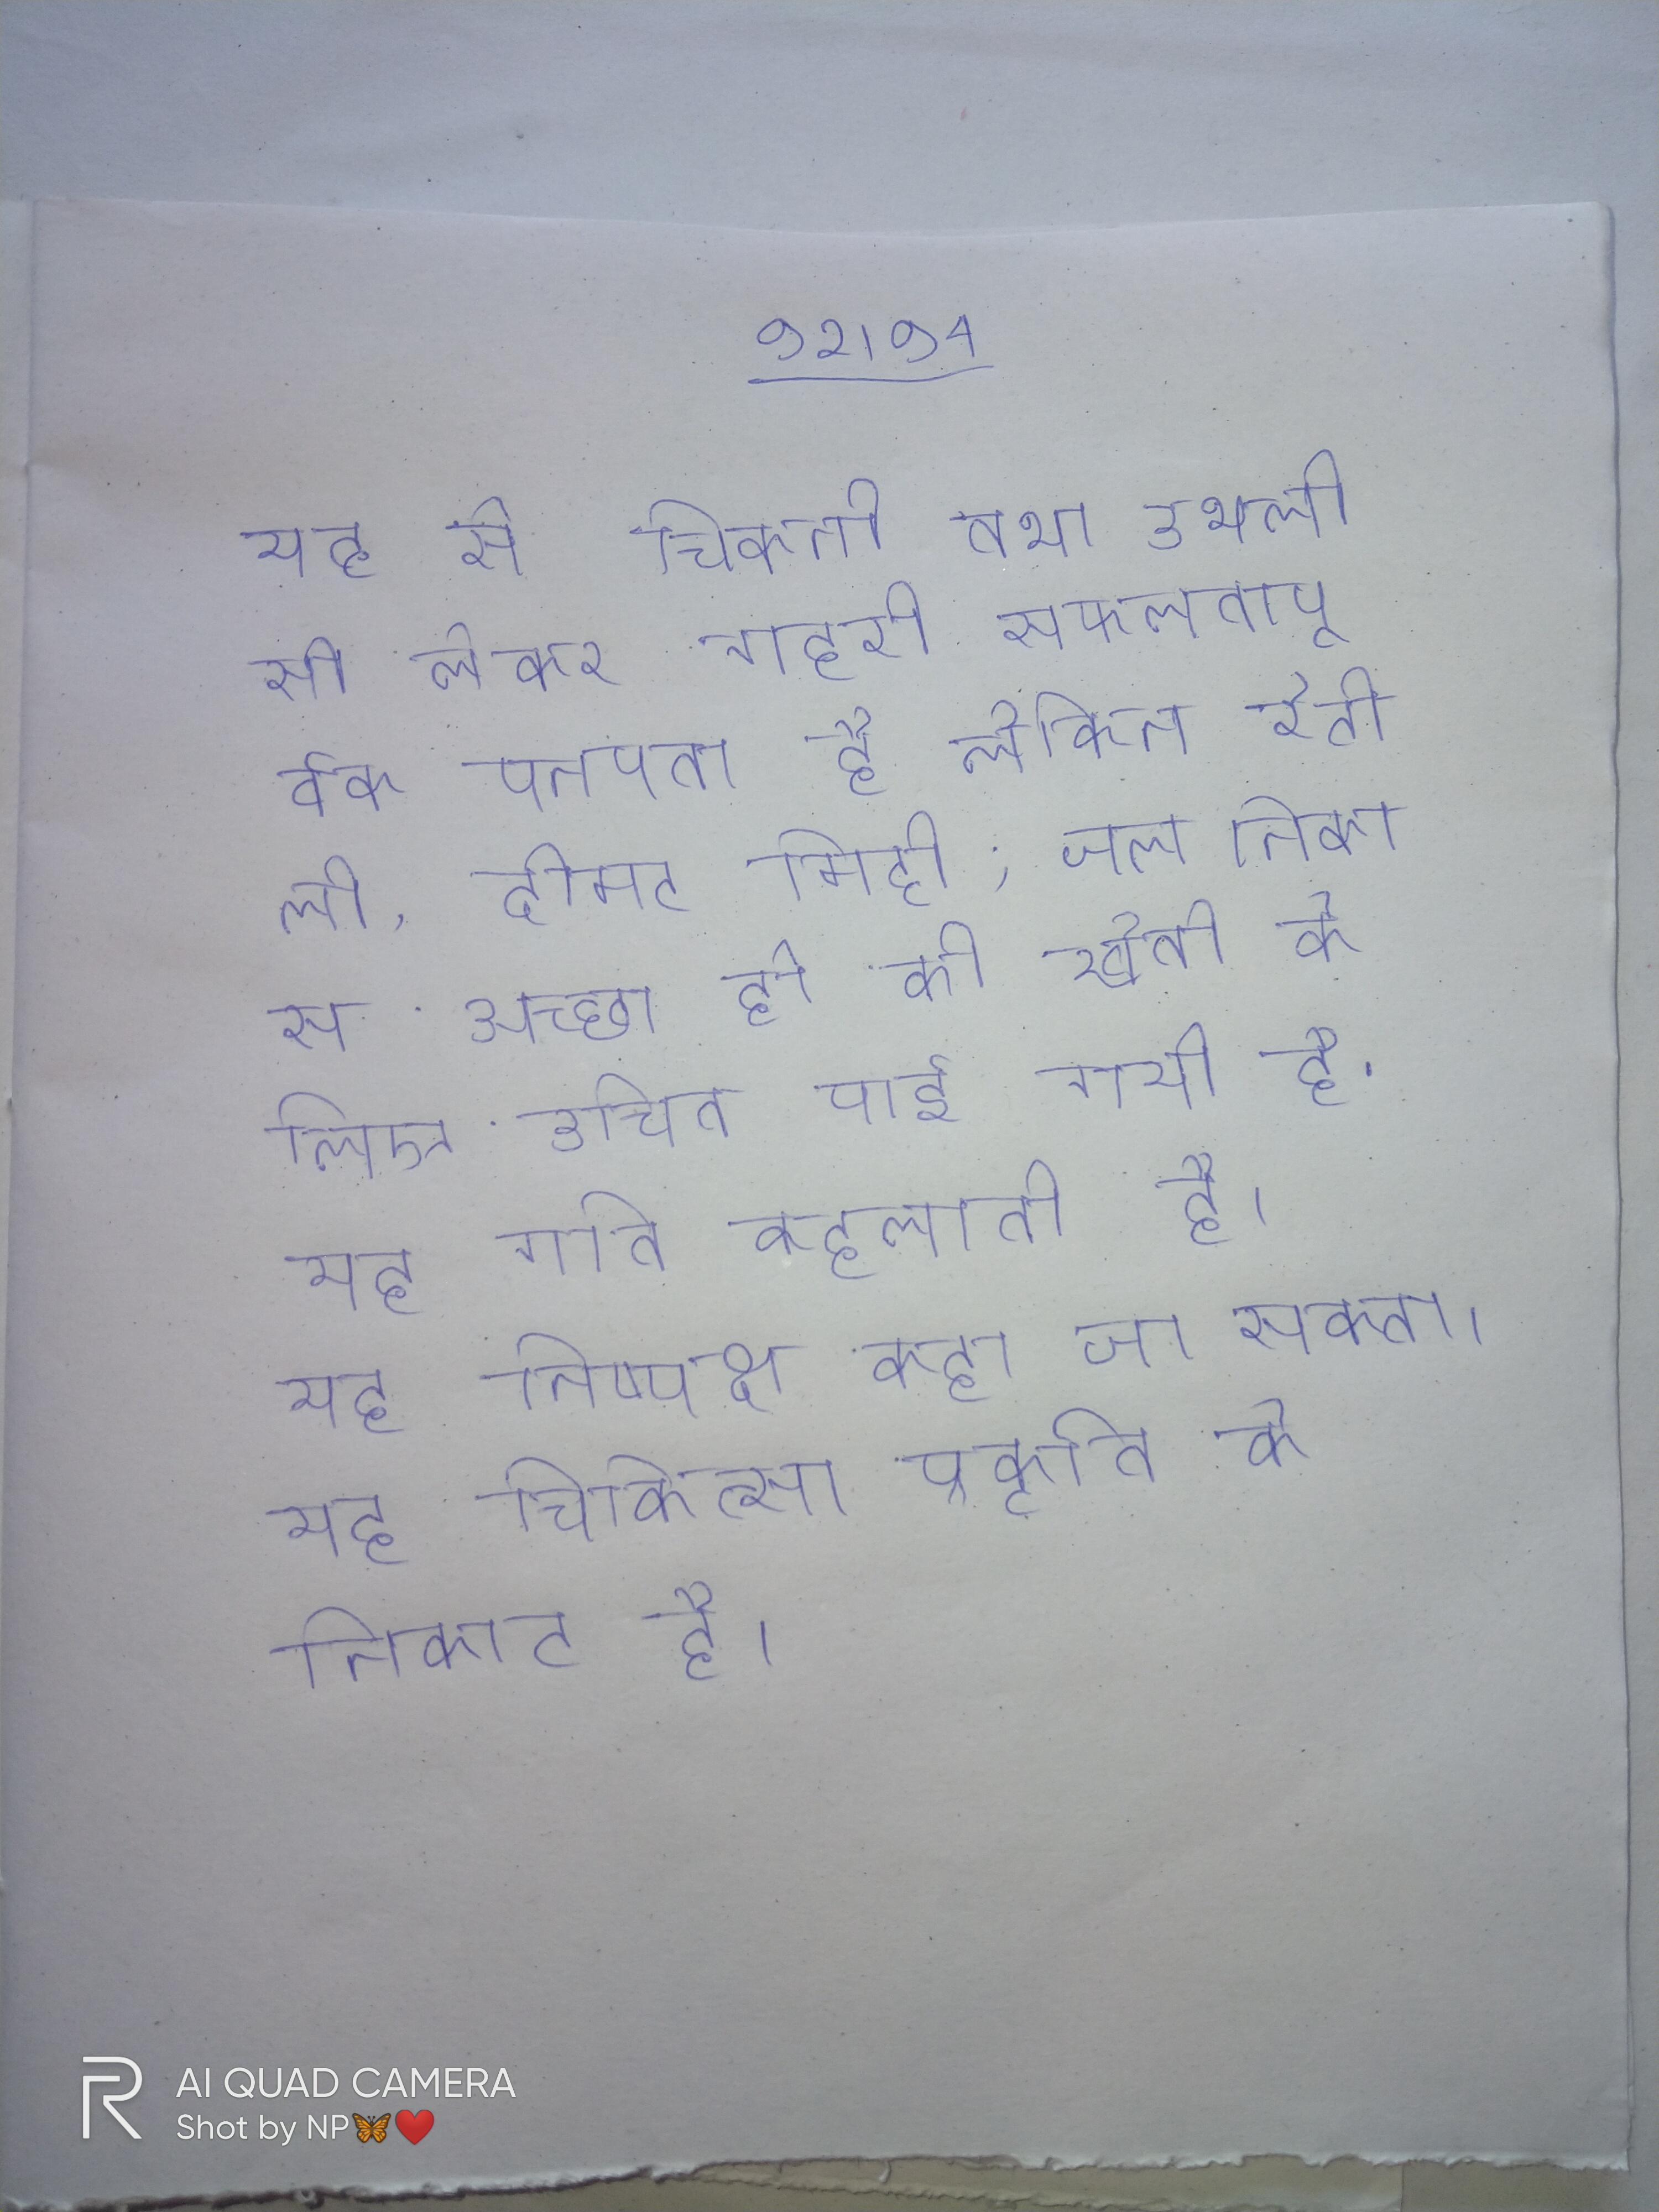
यह से चिकनी तथा उथली से लेकर गहरी सफलतापूर्वक पनपता है लेकिन रेतीली, दोमट मिट्टी, जल निकास अच्छा हो की खेती के लिए उचित पाई गयी है . यह गति कहलाती है । यह निष्पक्ष कहा जा सकता । यह चिकित्सा प्रकृति के निकट है ।